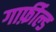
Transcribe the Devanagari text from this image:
गार्फ़ील्ड